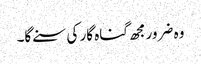
وہ ضرورمجھ گناہ گار کی سنے گا۔